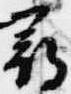
尋